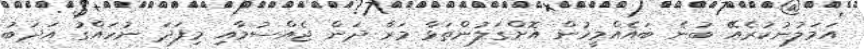
އަމަލުނުކުރެއޭ ބުނެ ބައެއްމީހުން އޮށްގަލުންތަޅާ މަރާ ދަން ޖެއްސުމާއި މިފަދަ ނުހައްގު އަދަބު